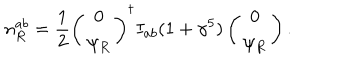
LaTeX: n _ { R } ^ { a b } = \frac 1 2 \left( \begin{array} { c } { { 0 } } \\ { { \psi _ { R } } } \\ \end{array} \right) ^ { \dagger } I _ { a b } ( 1 + \gamma ^ { 5 } ) \left( \begin{array} { c } { { 0 } } \\ { { \psi _ { R } } } \\ \end{array} \right) .